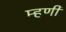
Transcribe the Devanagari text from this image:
म्‍हणी